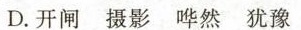
D.开闸 摄影 哗然 犹豫